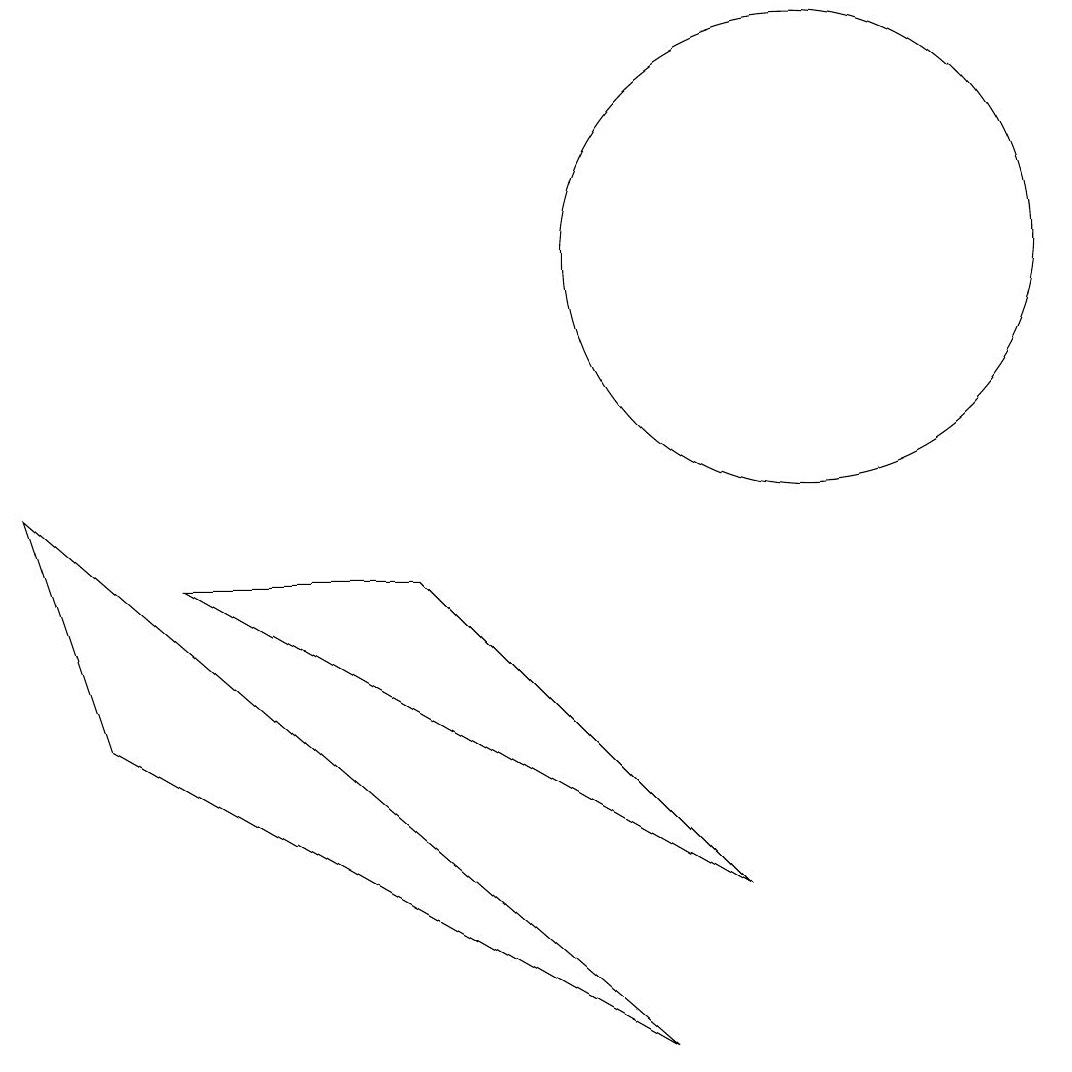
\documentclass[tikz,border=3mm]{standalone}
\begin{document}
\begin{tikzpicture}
\draw (10,11) circle (3);
\draw (1,5) -- (8,1) -- (0,8) -- cycle;
\draw (9,3) -- (5,7) -- (2,7) -- cycle;
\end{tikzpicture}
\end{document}